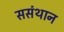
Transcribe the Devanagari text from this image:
ससंथान